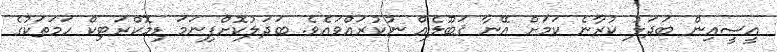
އީސީއިން ބަދަލު ކުރާނެ ކަމަށް އޭނާ ޤަބޫލެއް ނުކުރައްވައެވެ. ބަދަލުކޮށްފިނަމަ ޑިމޮކްރަޓިކް ހަމަތަކުގެ